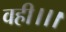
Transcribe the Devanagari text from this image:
वही।।।